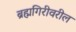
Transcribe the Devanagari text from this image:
ब्रह्मगिरीवरील